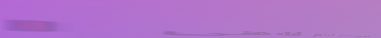
مطعم عربي يقدم لكم أشهى ا